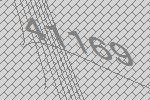
41169